Annual report of the Central Committee of the Association together with the report of the directors of the Pasteur Institute at Kasauli
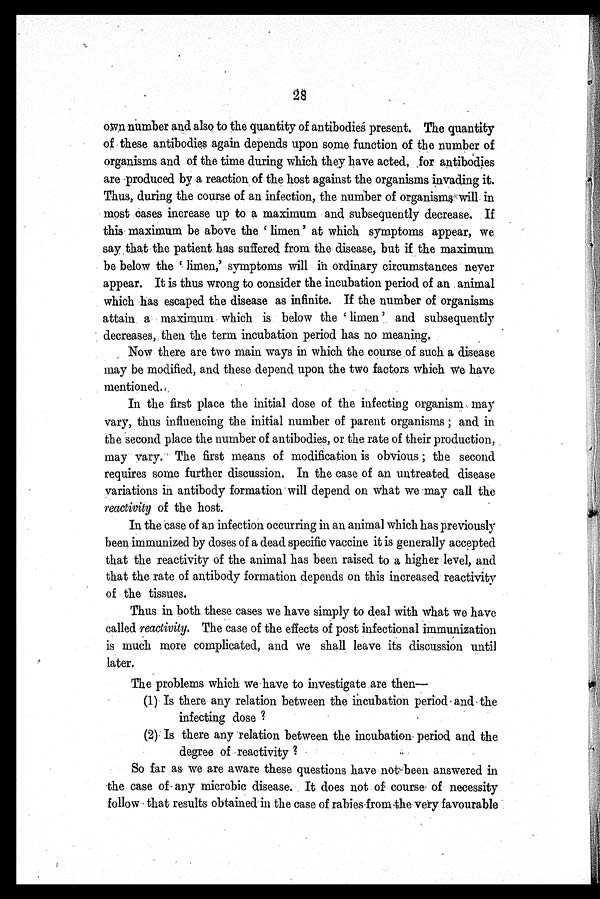
28
own number and also to the quantity of antibodies present. The quantity
of these antibodies again depends upon some function of the number of
organisms and of the time during which they have acted, for antibodies
are produced by a reaction of the host against the organisms invading it.
Thus, during the course of an infection, the number of organisms will in
most cases increase up to a maximum and subsequently decrease. If
this maximum be above the 'limen' at which symptoms appear, we
say that the patient has suffered from the disease, but if the maximum
be below the ' limen,' symptoms willi n
ordinary circumstances never
appear. It is thus wrong to consider the incubation period of an animal
which has escaped the disease as infinite. If the number of organisms
attain a maximum which is below the 'limen' and subsequently
decreases, then the term incubation period has no meaning.
Now there are two main ways in which the course of such a disease
may be modified, and these depend upon the two factors which we have
mentioned.
In the first place the initial dose of the infecting organism may
vary, thus influencing the initial number of parent organisms ; and in
the second place the number of antibodies, or the rate of their production,
may vary. The first means of modification is obvious ; the second
requires some further discussion. In the case of an untreated disease
variations in antibody formation will depend on what we may call the
reactivity of the host.
In the case of an infection occurring in an animal which has previously
been immunized by doses of a dead specific vaccine it is generally accepted
that the reactivity of the animal has been raised to a higher level, and
that the rate of antibody formation depends on this increased reactivity
of the tissues.
Thus in both these cases we have simply to deal with what we have
called reactivity. The case of the effects of post infectional immunization
is much more complicated, and we shall leave its discussion until
later.
The problems which we have to investigate are then—
(1) Is there any relation between the incubation period and the
infecting dose ?
(2) Is there any relation between the incubation period and the
degree of reactivity ?
So far as we are aware these questions have not been answered in
the case of any microbic disease. It does not of course of necessity
follow that results obtained in the case of rabies from the very favourable